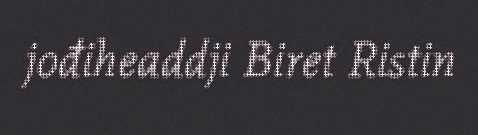
jođiheaddji Biret Ristin